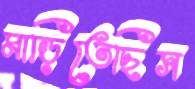
মাড়িতেছিস